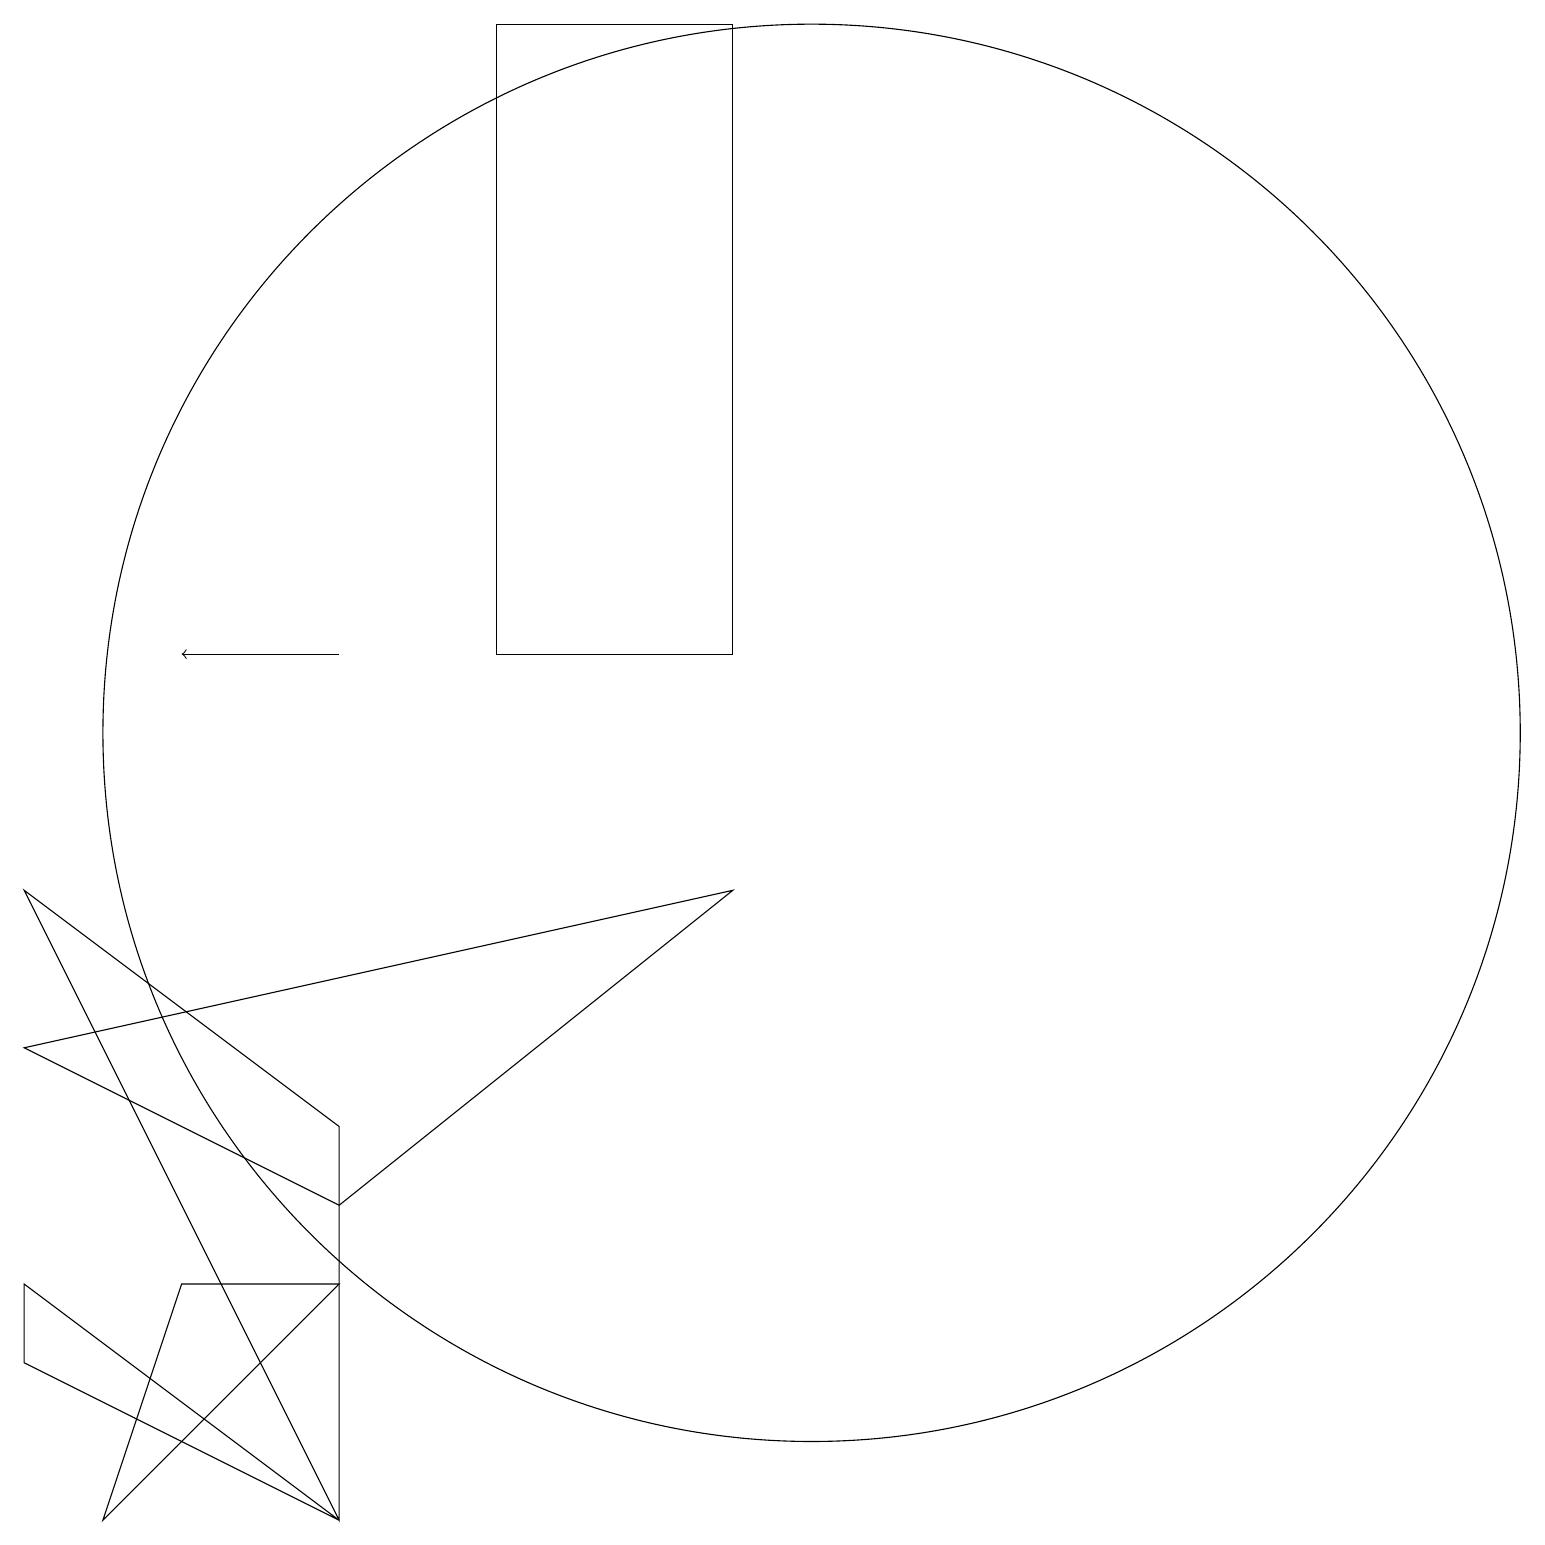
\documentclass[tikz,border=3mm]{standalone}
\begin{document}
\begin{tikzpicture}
\draw (9,8) -- (0,6) -- (4,4) -- cycle;
\draw (10,10) circle (9);
\draw (0,2) -- (4,0) -- (0,3) -- cycle;
\draw (6,11) rectangle (9,19);
\draw (2,3) -- (1,0) -- (4,3) -- cycle;
\draw[->] (4,11) -- (2,11);
\draw (0,8) -- (4,5) -- (4,0) -- cycle;
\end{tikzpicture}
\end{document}